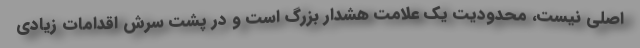
اصلی نیست، محدودیت یک علامت هشدار بزرگ است و در پشت سرش اقدامات زیادی